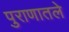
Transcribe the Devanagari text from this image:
पुराणातले